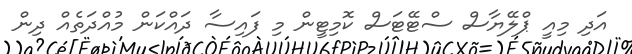
އަދި މިއީ ޕްލޭޔާސް ސްޓޭޓަސް ކޮމިޓީން މި ފައިސާ ދައްކަން މުއްދަތެއް ދިން